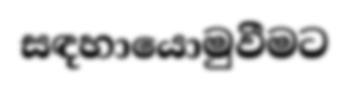
සඳහායොමුවීමට